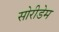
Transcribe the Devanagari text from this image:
सोरीडेम